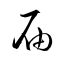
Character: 屆